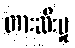
တားဆီးမှု